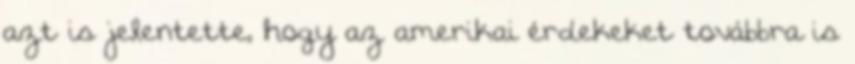
azt is jelentette, hogy az amerikai érdekeket továbbra is